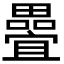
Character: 𭻵